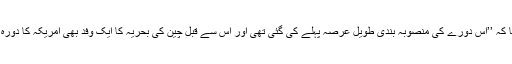
ہاکنز نے کہا کہ ’’اس دورے کی منصوبہ بندی طویل عرصہ پہلے کی گئی تھی اور اس سے قبل چین کی بحریہ کا ایک وفد بھی امریکہ کا دورہ کر چکا ہے۔